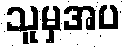
သူမှအပ